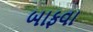
બાફવા